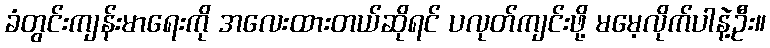
ခံတွင်းကျန်းမာရေးကို အလေးထားတယ်ဆိုရင် ပလုတ်ကျင်းဖို့ မမေ့လိုက်ပါနဲ့ဦး။